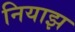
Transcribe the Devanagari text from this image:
नियाझ